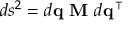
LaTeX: d s ^ { 2 } = d \mathbf { q } \ \mathbf { M } \ d \mathbf { q ^ { \intercal } }